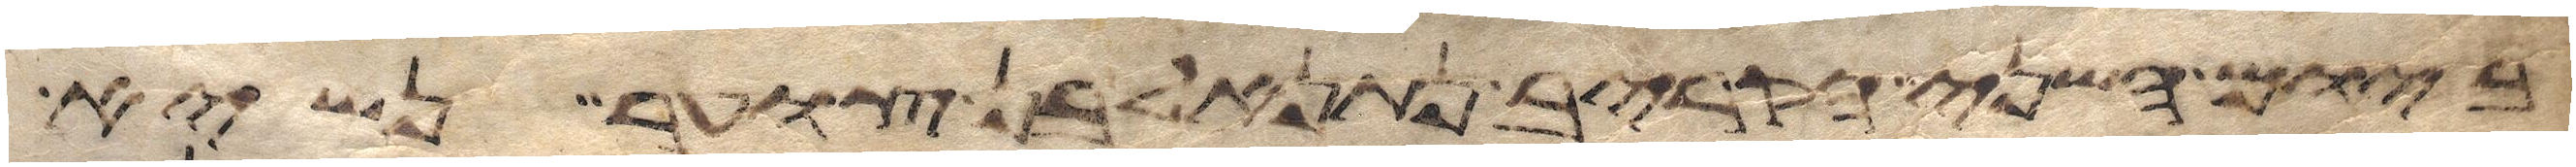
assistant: ביום השני הקריב נתנאל בן צוער נשיא